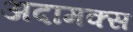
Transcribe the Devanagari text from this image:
अदामक्स